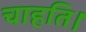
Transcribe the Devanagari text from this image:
चाहति।